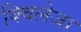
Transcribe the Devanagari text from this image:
क्विलेजा